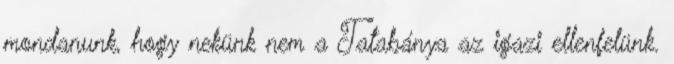
mondanunk, hogy nekünk nem a Tatabánya az igazi ellenfelünk.